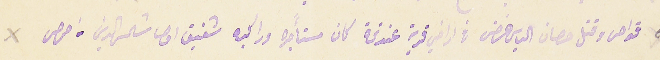
٥ قواص وقتل حصان الياس غصن فى اراضي قرية عندقة كان مستأجره وراكبه شفيق اوصا شمس الدين من حمص